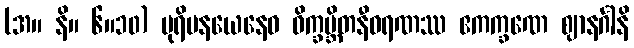
(အ။ နိ။ ၆။၁၀) ပုရိမနယေနေဝ ဝိက္ခမ္ဘိတနီဝရဏဿ ဧကက္ခဏေ ဈာနင်္ဂါနိ